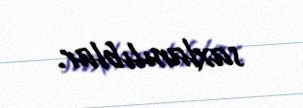
saxlanılıblar.